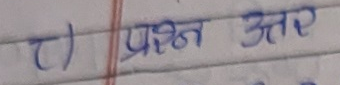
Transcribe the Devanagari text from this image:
(८) प्रश्न उत्तर